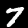
Digit: 7